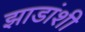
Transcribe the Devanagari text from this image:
झाडांशी